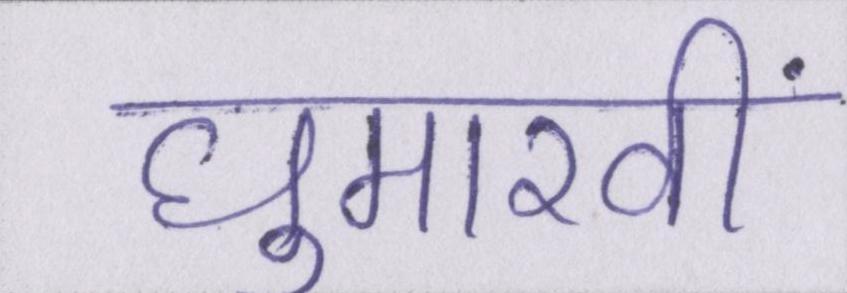
घुमारवीं